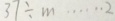
3 7 \div m \cdots 2